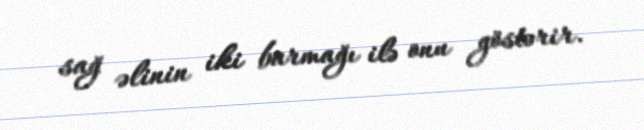
sağ əlinin iki barmağı ilə onu göstərir.